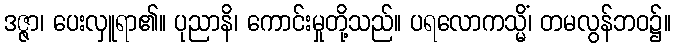
ဒဇ္ဇာ၊ ပေးလှူရာ၏။ ပုညာနိ၊ ကောင်းမှုတို့သည်။ ပရလောကသ္မိံ၊ တမလွန်ဘဝ၌။